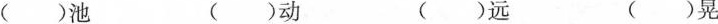
( )池 ( )动 ( )远 ( )晃